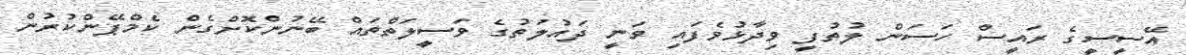
އޭސީސީގެ ރައީސް ހަސަން ލުތުފީ ވިދާޅުވެފައި ވަނީ ދައުލަތުގެ ވަސީލަތްތައް ބޭނުންކޮށްގެން ކެމްޕޭންކުރުން